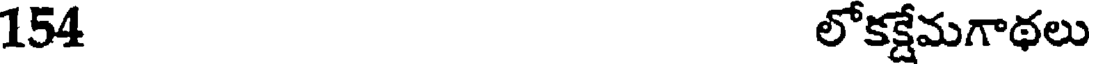
154 లోకక్షేమగాథలు